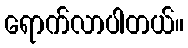
ရောက်လာပါတယ်။